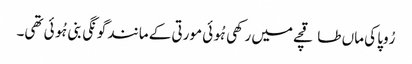
رُوپا کی ماں طاقچے میں رکھی ہُوئی مورتی کے مانند گونگی بنی ہُوئی تھی۔